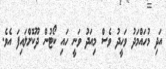
އަދި މުހައްމަދު ވަހީދު ވެސް މިއަދު ވަނީ ހައި ކޯޓުން ދޫކޮށްލައިފަ އެވެ.